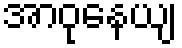
အာဝုနေယျ